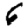
Digit: 6